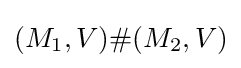
(M_{1},V)\#(M_{2},V)